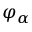
\varphi _ { \alpha }